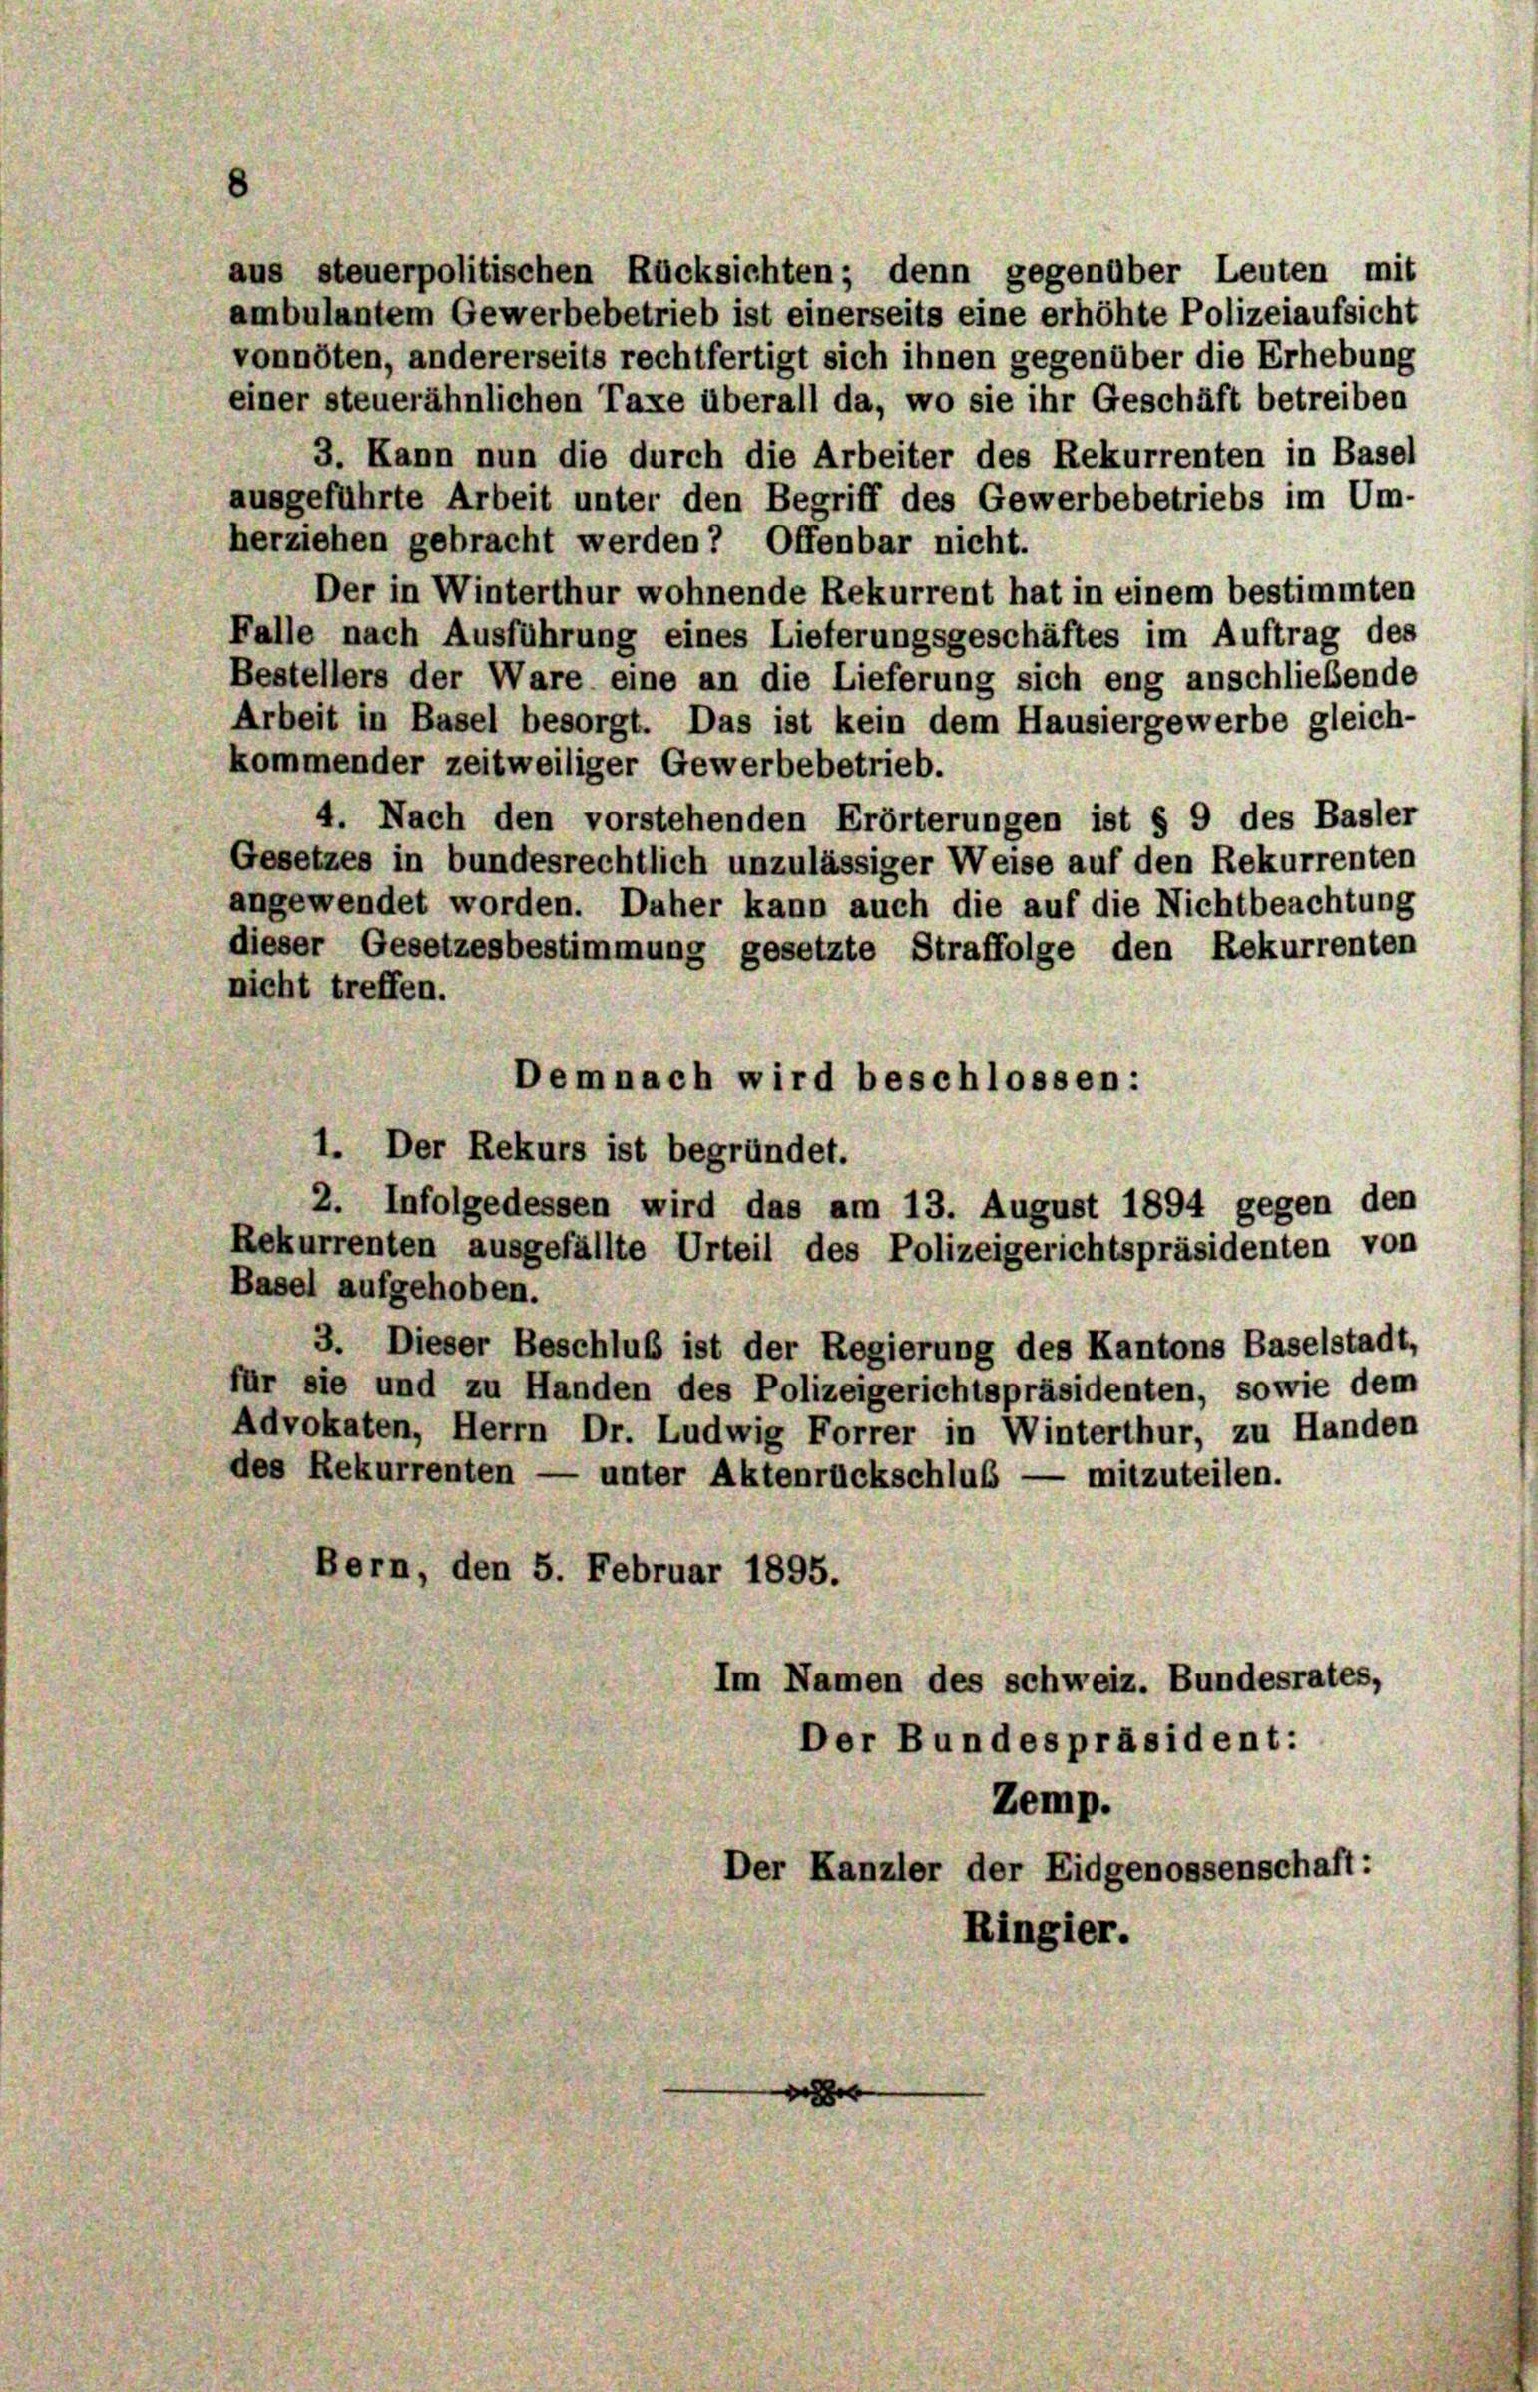
nicht treffen.
Demnach wird beschlossen:
1. Der Rekurs ist begründet.
2. Infolgedessen wird das am 13. August 1894 gegen den
Rekurrenten ausgefällte Urteil des Polizeigerichtspräsidenten von
Basel aufgehoben.
3. Dieser Beschluß ist der Regierung des Kantons Baselstadt,
für sie und zu Handen des Polizeigerichtspräsidenten, sowie dem
Advokaten, Herrn Dr. Ludwig Forrer in Winterthur, zu Handen
des Rekurrenten — unter Aktenrückschluß — mitzuteilen.
Bern, den 5. Februar 1895.
Im Namen des schweiz. Bundesrates,
Der Bundespräsident:
Zemp.
Der Kanzler der Eidgenossenschaft:
Ringier.

aus steuerpolitischen Rücksichten; denn gegenüber Leuten mit
ambulantem Gewerbebetrieb ist einerseits eine erhöhte Polizeiaufsicht
vonnöten, andererseits rechtfertigt sich ihnen gegenüber die Erhebung
einer steuerähnlichen Taxe überall da, wo sie ihr Geschäft betreiben
3. Kann nun die durch die Arbeiter des Rekurrenten in Basel
ausgeführte Arbeit unter den Begriff des Gewerbebetriebs im Um-
herziehen gebracht werden? Offenbar nicht.
Der in Winterthur wohnende Rekurrent hat in einem bestimmten
Falle nach Ausführung eines Lieferungsgeschäftes im Auftrag des
Bestellers der Ware eine an die Lieferung sich eng anschließende
Arbeit in Basel besorgt. Das ist kein dem Hausiergewerbe gleich-
kommender zeitweiliger Gewerbebetrieb.
4. Nach den vorstehenden Erörterungen ist § 9 des Basler
Gesetzes in bundesrechtlich unzulässiger Weise auf den Rekurrenten
angewendet worden. Daher kann auch die auf die Nichtbeachtung
dieser Gesetzesbestimmung gesetzte Straffolge den Rekurrenten